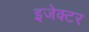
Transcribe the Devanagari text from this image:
इजेक्टर